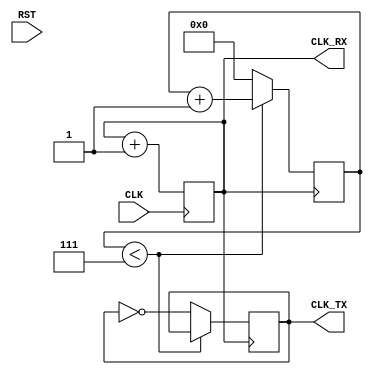
module uart_clk_fsm #(parameter K=1, N=1) (RST, CLK, CLK_RX, CLK_TX);
input RST, CLK;
output CLK_RX, CLK_TX;
wire CLK_RX, CLK_TX;

parameter [2:0] // synopsys enum code
					 IDLE = 3'd0,
						S1 = 3'd1,
						S2 = 3'd2;

reg [2:0] // synopsys state_vector state
				state, next;

reg [N-1:0] acc=0;
reg [3:0] cnt=0;
reg clk_1_16=0;

always @(posedge CLK) acc<=acc+K; //(1)

always @(posedge CLK_RX) //(2)
 if(cnt<4'd7) cnt<=cnt+1;
 else
 begin cnt<=0; clk_1_16<=~clk_1_16; end
 
assign CLK_RX=acc[N-1]; 
assign CLK_TX=clk_1_16;

endmodule